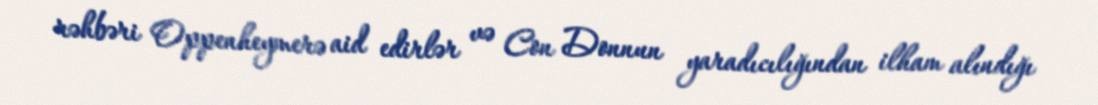
rəhbəri Oppenheymerə aid edirlər və Con Donnun yaradıcılığından ilham alındığı